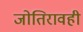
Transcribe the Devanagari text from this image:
जोतिरावही